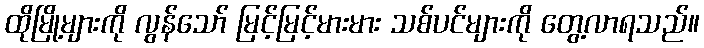
ထိုမြို့များကို လွန်သော် မြင့်မြင့်မားမား သစ်ပင်များကို တွေ့လာရသည်။